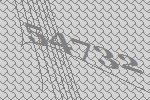
54732